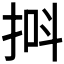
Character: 𪭸